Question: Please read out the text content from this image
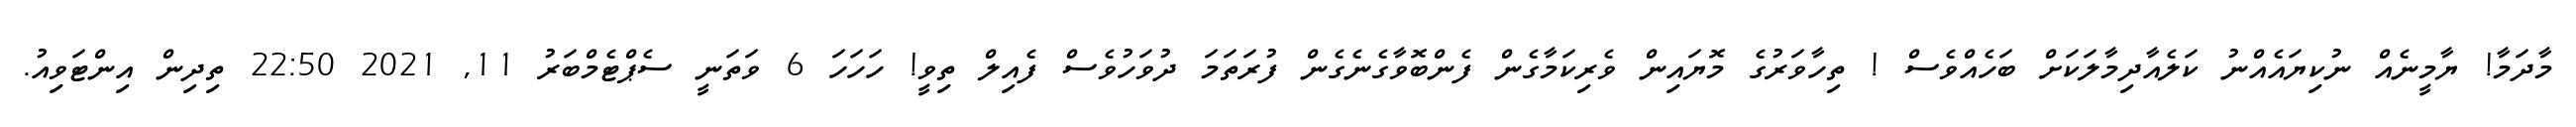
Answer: މާދަމާ! ޔާމީނެއް ނުކިޔައެއްނު ކަލެއާދިމާލަކަށް ބަހެއްވެސް ! ތިހާވަރުގެ މޮޔައިން ވެރިކަމާގެން ފެންބޮވާގެނެގެން ފުރަތަމަ ދުވަހުވެސް ފެއިލް ތިވީ! ހަހަހަ 6 ވަތަނީ ސެޕްޓެމްބަރު 11, 2021 22:50 ތިދިން އިންޓަވިއު.